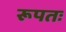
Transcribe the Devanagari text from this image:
रूपतः